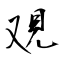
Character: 覌